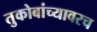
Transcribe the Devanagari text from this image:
तुकोबांच्यावरच